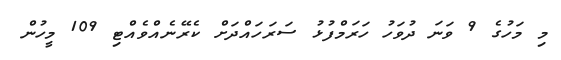
މި މަހުގެ 9 ވަނަ ދުވަހު ހަރަމްފުޅު ސަރަހައްދަށް ކެރޭނެއްވެއްޓި 109 މީހުން